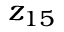
z _ { 1 5 }